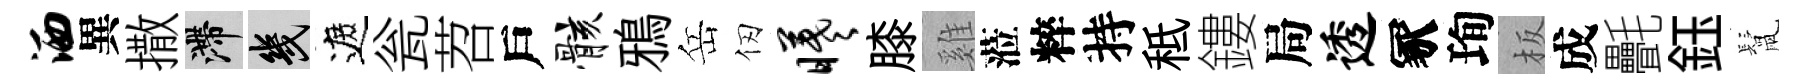
洒異撒滯幾遮瓮苕戶骸鴉岳仞曦膝雞蒞粹持秪鏤局透冢珣板成㲲鈺鬛